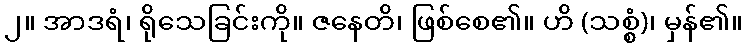
၂။ အာဒရံ၊ ရိုသေခြင်းကို။ ဇနေတိ၊ ဖြစ်စေ၏။ ဟိ (သစ္စံ)၊ မှန်၏။